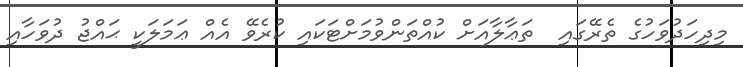
މިދިހަދުވަހުގެ ތެރޭގައި  ތަޢާލާއަށް ކުއްތަންވުމަށްޓަކައި ކުރެވޭ އެއް ޢަމަލަކީ ޙައްޖު ދުވަހާއި